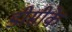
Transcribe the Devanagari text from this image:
डीसीके